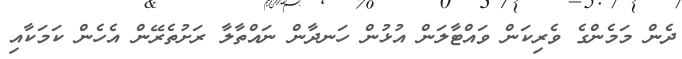
ދެން މަމެންގެ ވެރިކަން ވައްޓާލަން އުޅުން ހަނދާން ނައްތާލާ ރަށުތެރޭން އެހެން ކަމަކާއި